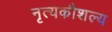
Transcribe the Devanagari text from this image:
नृत्यकौशल्य